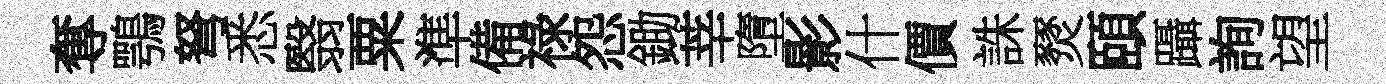
奪鶚弩悉翳粟準備祿怨鋤莘墮影什價誅燹頤躡詢望